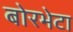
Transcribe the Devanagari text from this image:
बोरभेटा